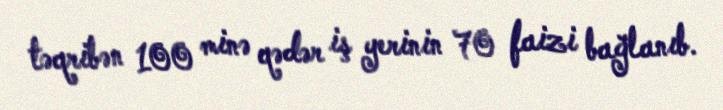
təqribən 100 minə qədər iş yerinin 70 faizi bağlanıb.